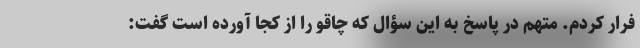
فرار کردم. متهم در پاسخ به این سؤال که چاقو را از کجا آورده است گفت: